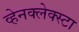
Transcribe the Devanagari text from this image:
व्हेनक्लेक्स्टा